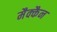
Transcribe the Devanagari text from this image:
मैक्कैन